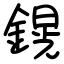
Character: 鎤